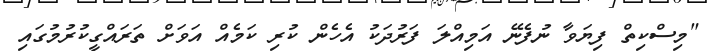
"މިސްކިތް ފިޔަވާ ނުފެނޭ އަމިއްލަ ފަރުދަކު އެހެން ކުރި ކަމެއް އަވަށް ތަރައްގީކުރުމުގައި